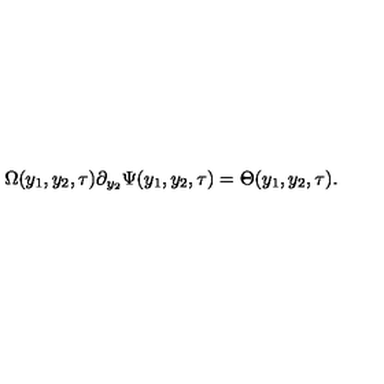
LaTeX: \Omega ( y _ { 1 } , y _ { 2 } , \tau ) \partial _ { y _ { 2 } } \Psi ( y _ { 1 } , y _ { 2 } , \tau ) = \Theta ( y _ { 1 } , y _ { 2 } , \tau ) .